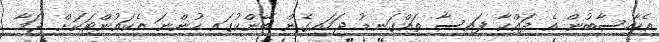
އެހާހިސާބުން އެ ދައްކާ ފައިސާ ތައްގަނޑު ޖަހައިގެން ބޭންކުގައި ހުންނަ އެކައުންޓަކަށް ޖަމާ